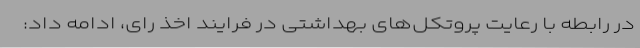
در رابطه با رعایت پروتکل‌های بهداشتی در فرایند اخذ رای، ادامه داد: